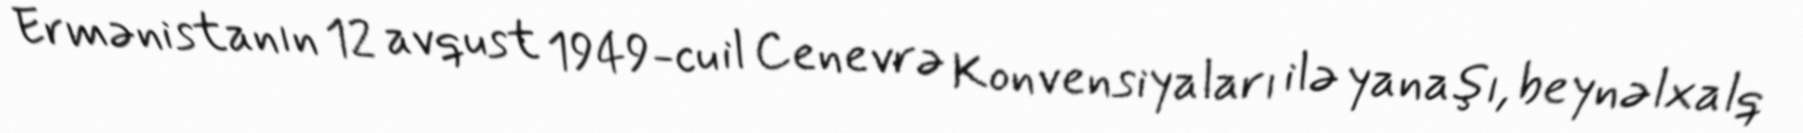
Ermənistanın 12 avqust 1949-cu il Cenevrə Konvensiyaları ilə yanaşı, beynəlxalq